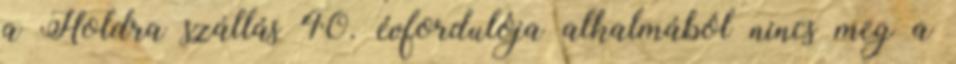
a Holdra szállás 40. évfordulója alkalmából nincs meg a